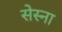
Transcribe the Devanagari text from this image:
सेस्ना